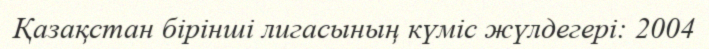
Қазақстан бірінші лигасының күміс жүлдегері: 2004